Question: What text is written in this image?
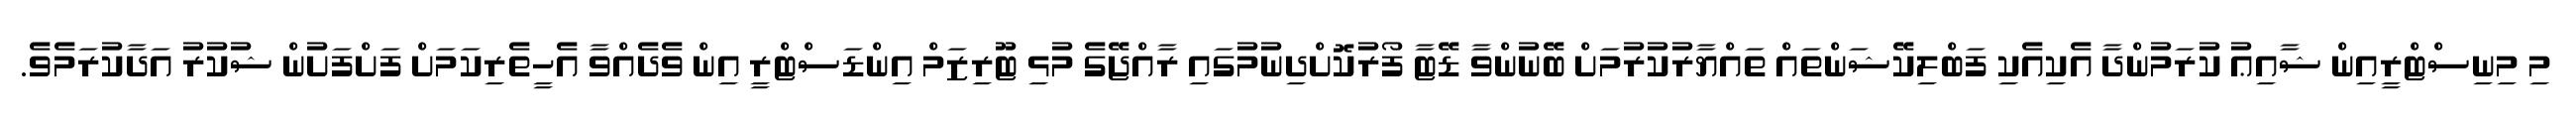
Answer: މި މިނިސްޓްރީއިން ޝާއިޢު ކުރަމުންދާ އެކިއެކި ފަބްލިކޭޝަންތައް ތައްޔާރުކުރުމަށް ބޭނުންވާ ޑޭޓާ ފޯރުކޮށްދިނުމުގައި ރާއްޖޭގެ މުޅި ޓޫރިޒަމް އިންޑަސްޓްރީ އިން ވެދެއްވާ އެހީތެރިކަމަށް ފަށްފަށުން ޝުކުރު އަދާކުރަމެވެ.